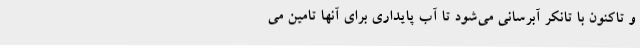
و تاکنون با تانکر آبرسانی می‌شود تا آب پایداری برای آنها تامین می